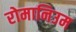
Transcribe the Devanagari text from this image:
रोमानिउम